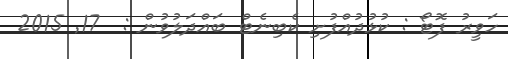
ހަވީރު ފޮޓޯ : ކުޅުދުއްފުށި ކެބިނެޓް ބައްދަލުވުން :  17